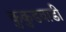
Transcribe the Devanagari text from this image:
कुकुडवाडी